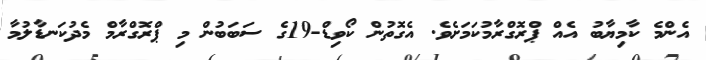
އެންމެ ކާމިޔާބު އެއް ޕްރޮގްރާމުކަމަށެވެ. އެގޮތުން ކޯވިޑް-19ގެ ސަބަބުން މި ޕްރޮގްރާމް މެދުކަނޑާލުމާ